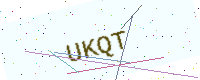
Text: UKQT